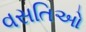
વસતિઓ